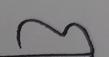
Signature authenticity: forged